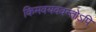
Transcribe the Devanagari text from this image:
किमवयववन्तोऽपि